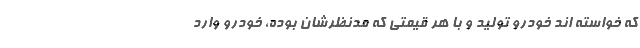
که خواسته اند خودرو تولید و با هر قیمتی که مدنظرشان بوده، خودرو وارد